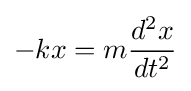
-kx=m{\frac {d^{2}x}{dt^{2}}}